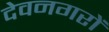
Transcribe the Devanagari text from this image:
देवनगरों